Medical and sanitary report of the native army of Madras for the year
Year: 1872
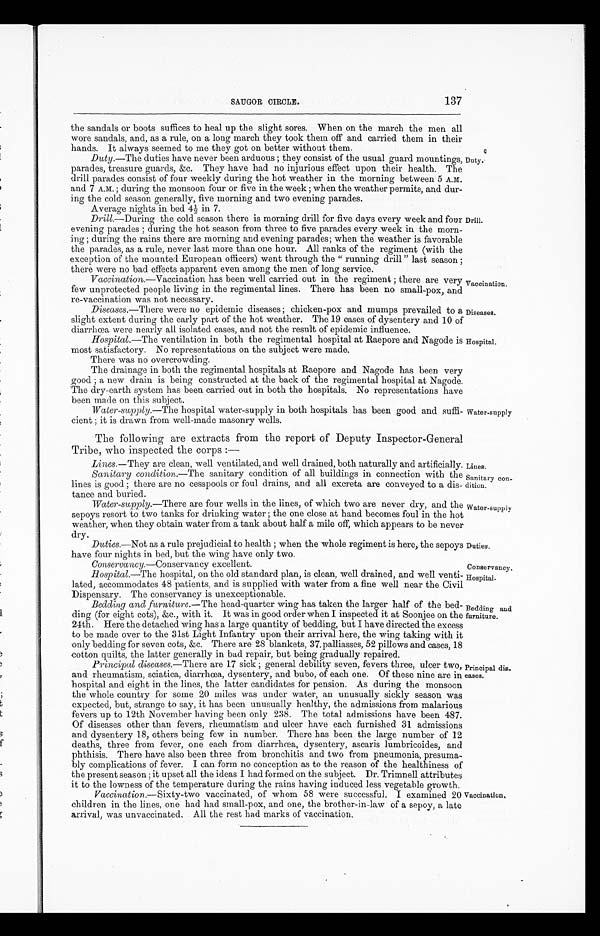
SAUGOR CIRCLE.
137
Diseases.
Hospital.
Duties.
Conservancy.
Hospital.
Bedding and
furniture.
the sandals or boots suffices to heal up the slight sores. When on the march the men all
wore sandals, and, as a rule, on a long march they took them off and carried them in their
hands. It always seemed to me they got on better without them.
Duty.— The duties have never been arduous; they consist of the usual guard mountings,
parades, treasure guards, &c. They have had no injurious effect upon their health. The
drill parades consist of four weekly during the hot weather in the morning between 5 A.M.
and 7 A.M.; during the monsoon four or five in the week; when the weather permits, and dur-
-ing the cold season generally, five morning and two evening parades.
Average nights in bed 4½ in 7.
Drill.— During the cold season there is morning drill for five days every week and four
evening parades; during the hot season from three to five parades every week in the morn--
ing; during the rains there are morning and evening parades; when the weather is favorable
the parades, as a rule, never last more than one hour. All ranks of the regiment (with the
exception of the mounted European officers) went through the "running drill" last season;
there were no bad effects apparent even among the men of long service.
Vaccination.—Vaccination has been well carried out in the regiment; there are very
few unprotected people living in the regimental lines. There has been no small-pox, and
re-vaccination was not necessary.
Duty.
Drill.
Vaccination.
Diseases.— There were no epidemic diseases; chicken-pox and mumps prevailed to a
slight extent during the early part of the hot weather. The 19 cases of dysentery and 10 of
diarrhœa were nearly all isolated cases, and not the result of epidemic influence.
Hospital.— The ventilation in both the regimental hospital at Raepore and Nagode is
most satisfactory. No representations on the subject were made.
There was no overcrowding.
The drainage in both the regimental hospitals at Raepore and Nagode has been very
good; a new drain is being constructed at the back of the regimental hospital at Nagode.
The dry-earth system has been carried out in both the hospitals. No representations have
been made on this subject.
Water-supply.— The hospital water-supply in both hospitals has been good and suffi--
cient; it is drawn from well-made masonry wells.
The following are extracts from the report of Deputy Inspector-General
Tribe, who inspected the corps :—
Water-supply
Lines.— They are clean, well ventilated, and well drained, both naturally and artificially.
Sanitary condition.— The sanitary condition of all buildings in connection with the
lines is good; there are no cesspools or foul drains, and all excreta are conveyed to a dis--
tance and buried.
Water-supply.— There are four wells in the lines, of which two are never dry, and the
sepoys resort to two tanks for drinking water; the one close at hand becomes foul in the hot
weather, when they obtain water from a tank about half a mile off, which appears to be never
dry.
Lines.
Sanitary con-
dition.
Water-supply
Duties.— Not as a rule prejudicial to health; when the whole regiment is here, the sepoys
have four nights in bed, but the wing have only two.
Conservancy.— Conservancy excellent.
Hospital.— The hospital, on the old standard plan, is clean, well drained, and well venti--
lated, accommodates 48 patients, and is supplied with water from a fine well near the Civil
Dispensary. The conservancy is unexceptionable.
Bedding an d furniture.— The head-quarter wing has taken the larger half of the bed--
ding (for eight cots), &c., with it. It was in good order when I inspected it at Soonjee on the
24th. Here the detached wing has a large quantity of bedding, but I have directed the excess
to be made over to the 31st Light Infantry upon their arrival here, the wing taking with it
only bedding for seven cots, &c. There are 28 blankets, 37 palliasses, 52 pillows and cases, 18
cotton quilts, the latter generally in bad repair, but being gradually repaired.
Principal diseases.— There are 17 sick; general debility seven, fevers three, ulcer two,
and rheumatism, sciatica, diarrhœa, dysentery, and bubo, of each one. Of these nine are in
hospital and eight in the lines, the latter candidates for pension. As during the monsoon
the whole country for some 20 miles was under water, an unusually sickly season was
expected, but, strange to say, it has been unusually healthy, the admissions from malarious
fevers up to 12th November having been only 238. The total admissions have been 487.
Of diseases other than fevers, rheumatism and ulcer have each furnished 31 admissions
and dysentery 18, others being few in number. There has been the large number of 12
deaths, three from fever, one each from diarrhœa, dysentery, ascaris lumbricoides, and
phthisis. There have also been three from bronchitis and two from pneumonia, presuma--
bly complications of fever. I can form no conception as to the reason of the healthiness of
the present season; it upset all the ideas I had formed on the subject. Dr. Trimnell attributes
it to the lowness of the temperature during the rains having induced less vegetable growth.
Vaccination.— Sixty-two vaccinated, of whom 58 were successful. I examined 20
children in the lines, one had had small-pox, and one, the brother-in-law of a sepoy, a late
arrival, was unvaccinated. All the rest had marks of vaccination.
Principal dis--
eases.
Vaccination.